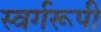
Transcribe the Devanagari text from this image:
स्वर्गरूपी